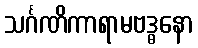
သင်္ဂဏိကာရာမဗဒ္ဓနော